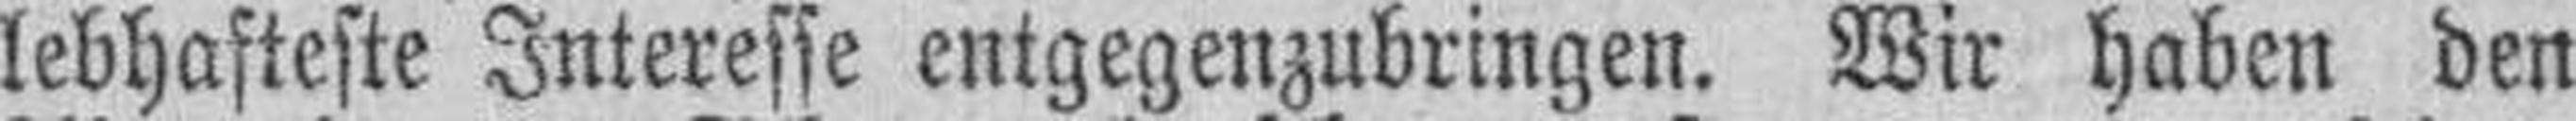
lebhafteste Interesse entgegenzubringen. Wir haben den